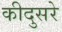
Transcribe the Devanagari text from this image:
कीदुसरे